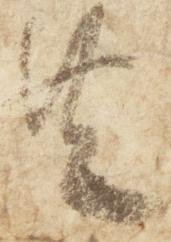
共